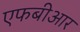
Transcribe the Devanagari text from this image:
एफबीआर